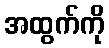
အထွက်ကို